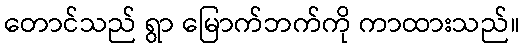
တောင်သည် ရွာ မြောက်ဘက်ကို ကာထားသည်။